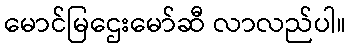
မောင်မြဌေးမော်ဆီ လာလည်ပါ။